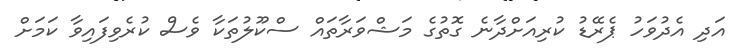
އަދި އެދުވަހު ޕެރޭޑު ކުރިއަށްދާނެ ގޮތުގެ މަޝްވަރާތައް ސްކޫލުތަކާ ވެސް ކުރެވިފައިވާ ކަމަށް